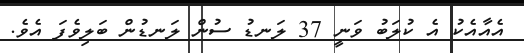
އެއާއެކު އެ ކުލަބު ވަނީ 37 ލަނޑު ސުން ލަނޑުން ބަލިވެފަ އެވެ.